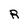
Character: R